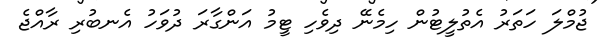
ޖުމްލަ ހަތަރު އެތުލީޓުން ހިމެނޭ ދިވެހި ޓީމު އަންގާރަ ދުވަހު އެނބުރި ރާއްޖެ